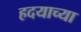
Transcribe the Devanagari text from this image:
हदयाच्या